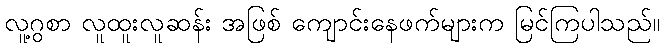
လူ့ဂွစာ လူထူးလူဆန်း အဖြစ် ကျောင်းနေဖက်များက မြင်ကြပါသည်။